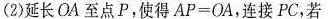
(2)延长OA至点P，使得$$A P = O A$$，连接PC，若